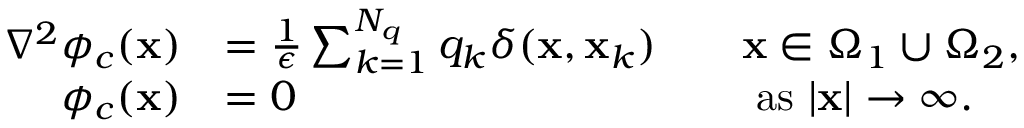
\begin{array} { r l r l } { \nabla ^ { 2 } \phi _ { c } ( \mathbf { x } ) } & { = \frac { 1 } { \epsilon } \sum _ { k = 1 } ^ { N _ { q } } q _ { k } \delta ( \mathbf { x } , \mathbf { x } _ { k } ) } & & { \mathbf { x } \in \Omega _ { 1 } \cup \Omega _ { 2 } , } \\ { \phi _ { c } ( \mathbf { x } ) } & { = 0 } & & { \mathrm { ~ a s ~ } | \mathbf { x } | \to \infty . } \end{array}